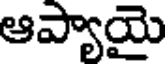
ఆప్యాయై